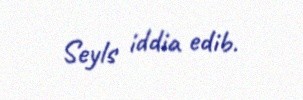
Seyls iddia edib.